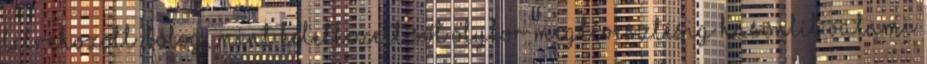
létrehozott dolog, mint keletkezett sőt olykor megtévesztésig hasonlít valami